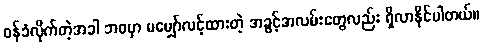
ဝန်ခံလိုက်တဲ့အခါ ဘဝမှာ မမျှော်လင့်ထားတဲ့ အခွင့်အလမ်းတွေလည်း ရှိလာနိုင်ပါတယ်။